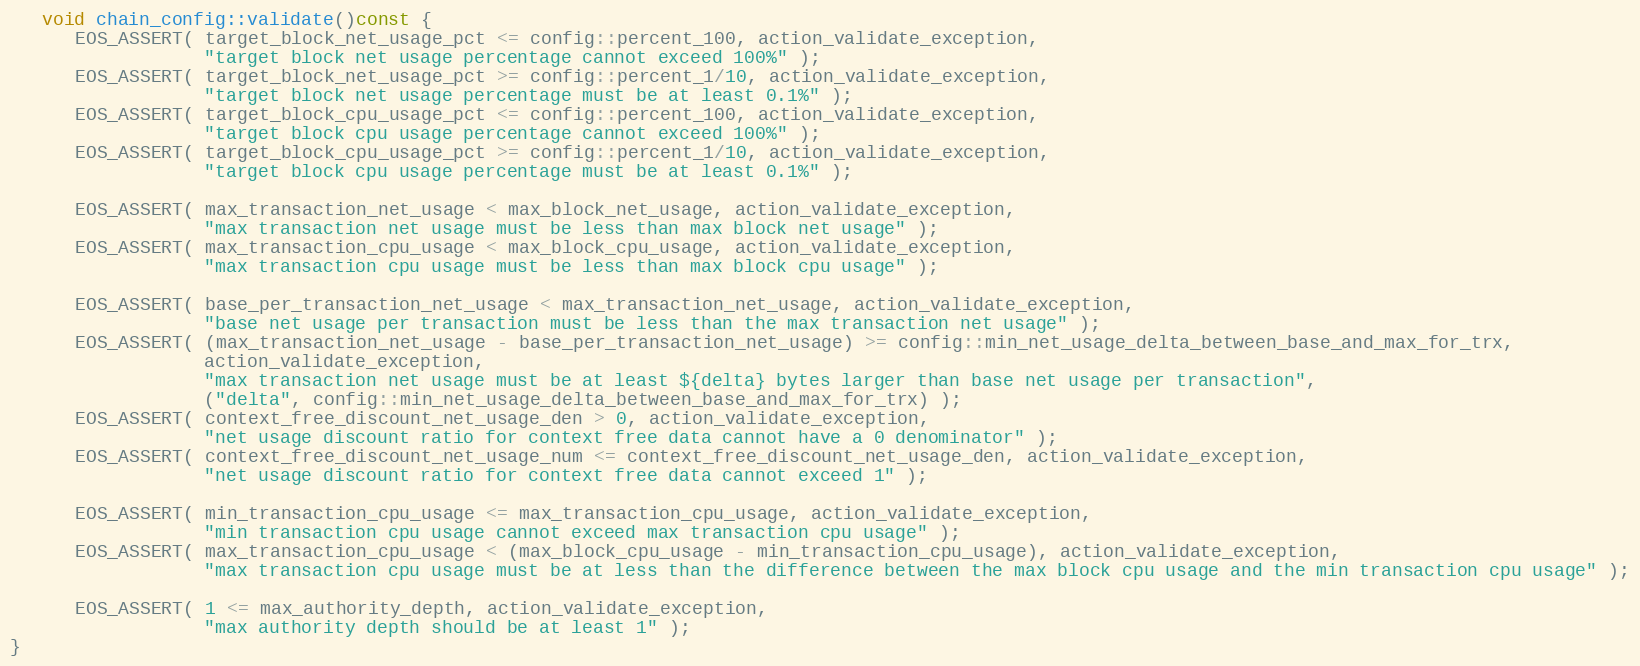
Language: C++
   void chain_config::validate()const {
      EOS_ASSERT( target_block_net_usage_pct <= config::percent_100, action_validate_exception,
                  "target block net usage percentage cannot exceed 100%" );
      EOS_ASSERT( target_block_net_usage_pct >= config::percent_1/10, action_validate_exception,
                  "target block net usage percentage must be at least 0.1%" );
      EOS_ASSERT( target_block_cpu_usage_pct <= config::percent_100, action_validate_exception,
                  "target block cpu usage percentage cannot exceed 100%" );
      EOS_ASSERT( target_block_cpu_usage_pct >= config::percent_1/10, action_validate_exception,
                  "target block cpu usage percentage must be at least 0.1%" );

      EOS_ASSERT( max_transaction_net_usage < max_block_net_usage, action_validate_exception,
                  "max transaction net usage must be less than max block net usage" );
      EOS_ASSERT( max_transaction_cpu_usage < max_block_cpu_usage, action_validate_exception,
                  "max transaction cpu usage must be less than max block cpu usage" );

      EOS_ASSERT( base_per_transaction_net_usage < max_transaction_net_usage, action_validate_exception,
                  "base net usage per transaction must be less than the max transaction net usage" );
      EOS_ASSERT( (max_transaction_net_usage - base_per_transaction_net_usage) >= config::min_net_usage_delta_between_base_and_max_for_trx,
                  action_validate_exception,
                  "max transaction net usage must be at least ${delta} bytes larger than base net usage per transaction",
                  ("delta", config::min_net_usage_delta_between_base_and_max_for_trx) );
      EOS_ASSERT( context_free_discount_net_usage_den > 0, action_validate_exception,
                  "net usage discount ratio for context free data cannot have a 0 denominator" );
      EOS_ASSERT( context_free_discount_net_usage_num <= context_free_discount_net_usage_den, action_validate_exception,
                  "net usage discount ratio for context free data cannot exceed 1" );

      EOS_ASSERT( min_transaction_cpu_usage <= max_transaction_cpu_usage, action_validate_exception,
                  "min transaction cpu usage cannot exceed max transaction cpu usage" );
      EOS_ASSERT( max_transaction_cpu_usage < (max_block_cpu_usage - min_transaction_cpu_usage), action_validate_exception,
                  "max transaction cpu usage must be at less than the difference between the max block cpu usage and the min transaction cpu usage" );

      EOS_ASSERT( 1 <= max_authority_depth, action_validate_exception,
                  "max authority depth should be at least 1" );
}